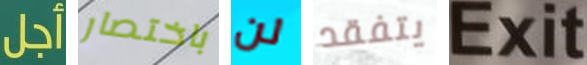
أجل باختصار لن يتفقد Exit